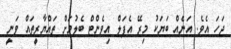
ޖަހަ އެެވެ. އަނެއް ބަޔަކު މިރޭ އެޕަލް އިވެންޓް ބެލުމަށް ތައްޔާރީތައް ވަނީ